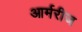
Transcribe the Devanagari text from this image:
आर्मरीज